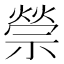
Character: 禜